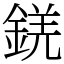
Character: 錓